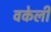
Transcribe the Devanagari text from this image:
वकेली